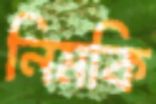
নিমকি